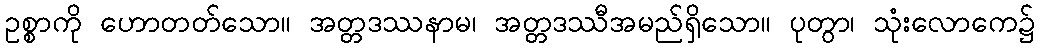
ဥစ္စာကို ဟောတတ်သော။ အတ္တဒဿနာမ၊ အတ္တဒဿီအမည်ရှိသော။ ပုတွာ၊ သုံးလောကေ၌